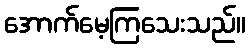
အောက်မေ့ကြသေးသည်။